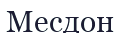
Месдон